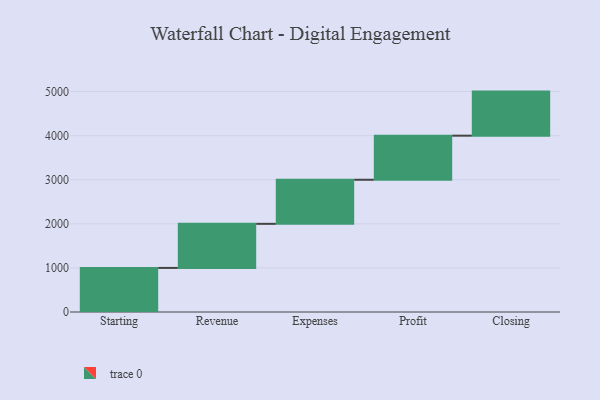
{"axis": {"x": "Step", "y": "Value"}, "legend": [""], "data": [{"x": "Starting", "y": 1000, "type": ""}, {"x": "Revenue", "y": 1000, "type": ""}, {"x": "Expenses", "y": 1000, "type": ""}, {"x": "Profit", "y": 1000, "type": ""}, {"x": "Closing", "y": 1000, "type": ""}]}